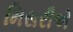
મિસરીએ